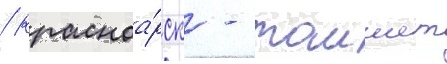
/ красноа́рск - таишет